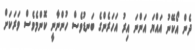
ދެން އޯކޭނު އައްޔަ އަންނަ އިރު އަހަރެންގެ ބަނޑުވެސް ހުންނާނީ ކޮންމެވެސް ވަރަކަށް